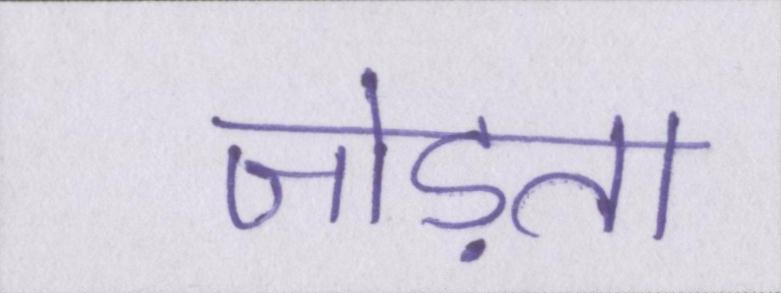
जोड़ता